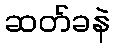
ဆတ်ခနဲ